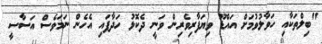
"ބިލްތަކާއި ހަވާލުވުމަށް އައްޑޫ ވިޔަފާރިވެރިން ވަނީ ދެކޮޅު ހަދާފައި އެހެން ނަމަވެސް އަސާސީ